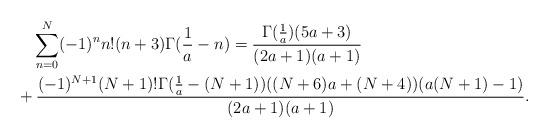
LaTeX: \begin{align*}&\quad\sum_{n=0}^N (-1)^nn!(n+3)\Gamma(\frac{1}{a}-n)=\frac{\Gamma(\frac{1}{a})(5a+3)}{(2a+1)(a+1)}\\&+\frac{(-1)^{N+1}(N+1)!\Gamma(\frac{1}{a}-(N+1))((N+6)a+(N+4))(a(N+1)-1)}{(2a+1)(a+1)}.\end{align*}